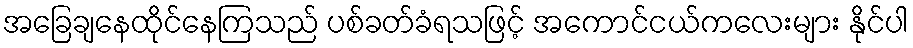
အခြေချနေထိုင်နေကြသည် ပစ်ခတ်ခံရသဖြင့် အကောင်ငယ်ကလေးများ နိုင်ပါ